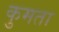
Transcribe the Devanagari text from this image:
कुमता